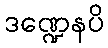
ဒဏ္ဍေနပိ